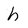
Character: h